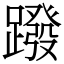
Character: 蹳